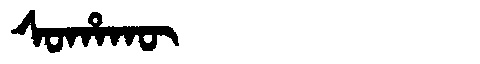
Manchu: ᠰᠣᡥᠠᡴᡡ
Romanization: SOHAKŪ